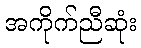
အကိုက်ညီဆုံး